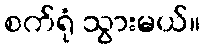
စက်ရုံ သွားမယ်။